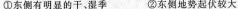
①东侧有明显的干、湿季 ②东地势起伏较大